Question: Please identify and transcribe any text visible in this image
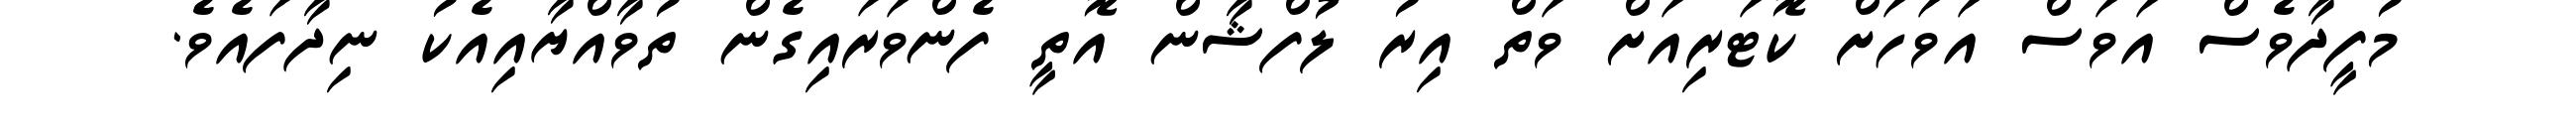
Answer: މުފީދާވެސް އަވަސް އަވަހަށް ކޮޓަރިއަށް ވަތް އިރު ލުފްޝާން އޮތީ ފެންވަރައިގެން ތުވާއްޔާއިއެކު ނިދާފައެވެ.